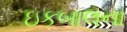
ઇકબાલના